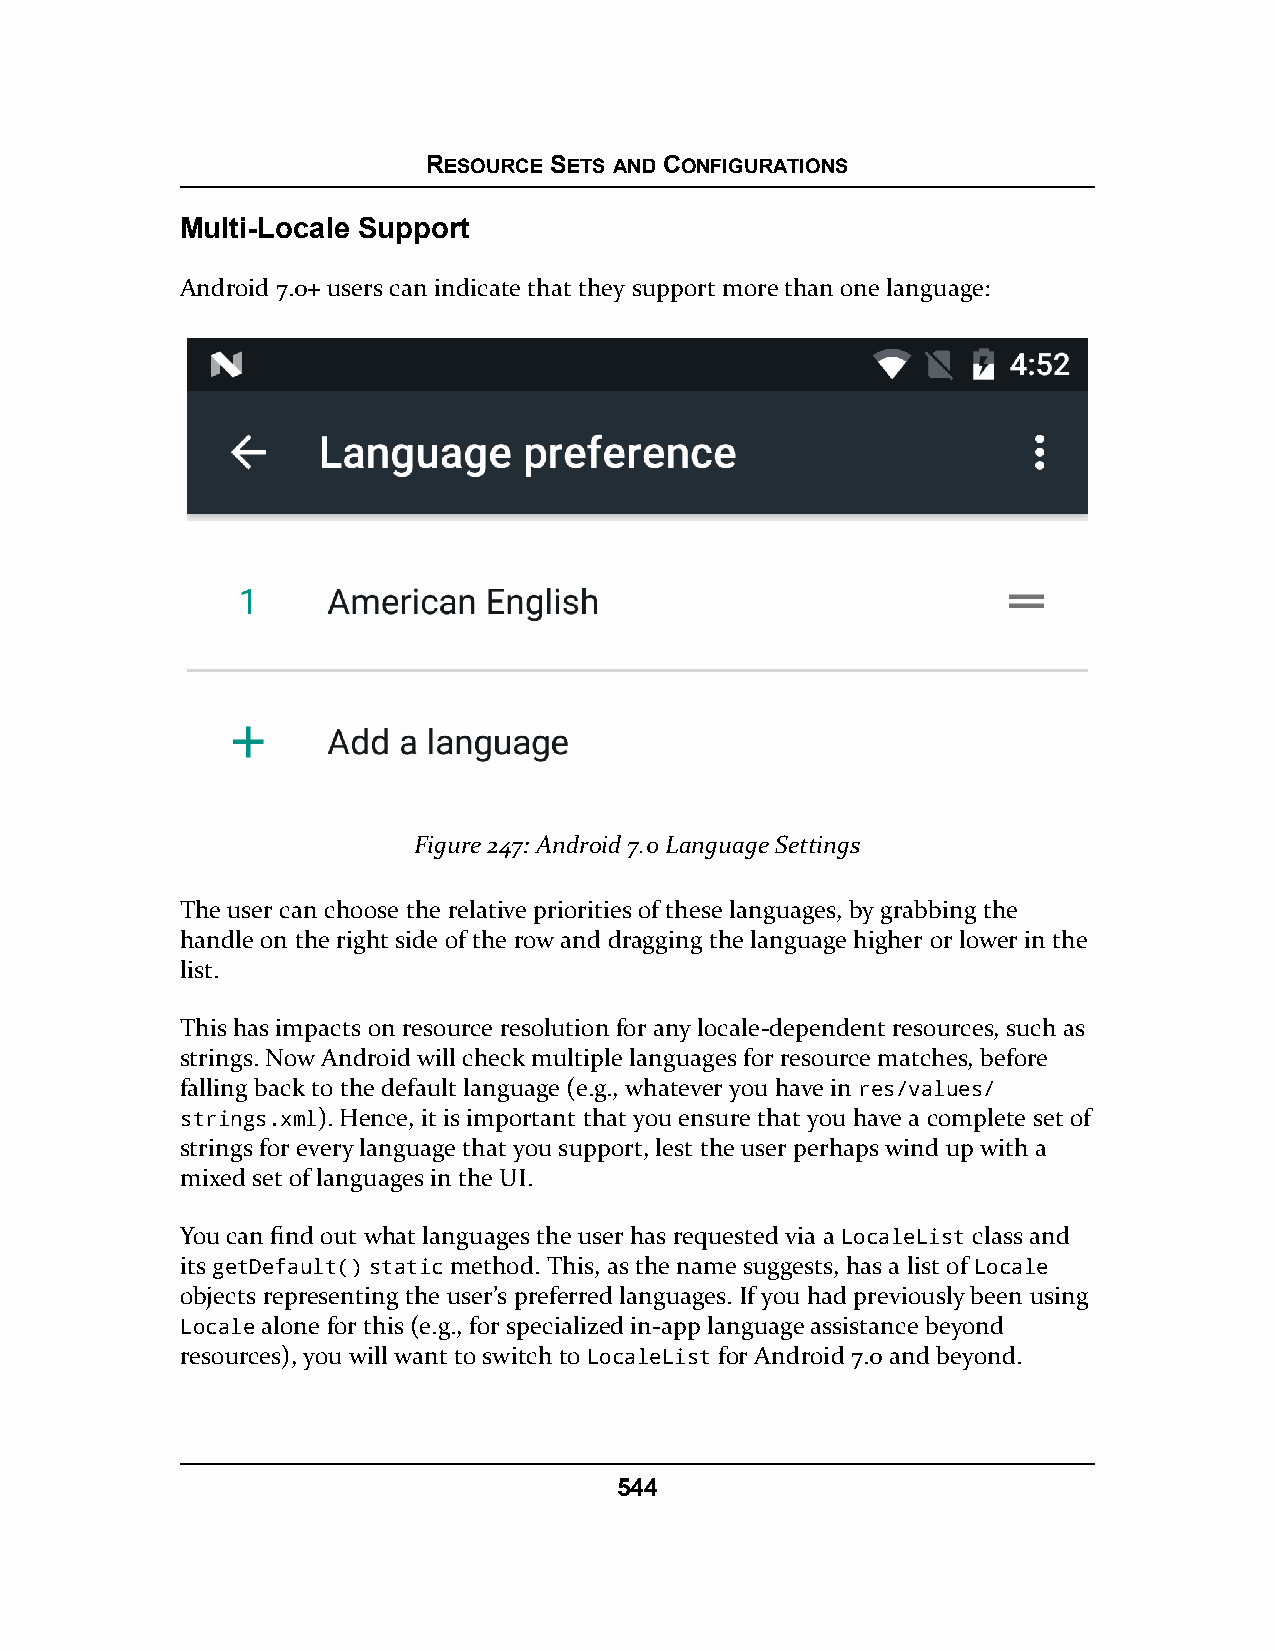
RESOURCE SETS AND CONFIGURATIONS
 Multi-Locale Support
 Android 7.0+ users can indicate that they support more than one language:
 Figure 247: Android 7.0 Language Settings
 The user can choose the relative priorities of these languages, by grabbing the
 handle on the right side of the row and dragging the language higher or lower in the
 list.
 This has impacts on resource resolution for any locale-dependent resources, such as
 strings. Now Android will check multiple languages for resource matches, before
 falling back to the default language (e.g., whatever you have in res/values/
 strings.xml). Hence, it is important that you ensure that you have a complete set of
 strings for every language that you support, lest the user perhaps wind up with a
 mixed set of languages in the UI.
 You can find out what languages the user has requested via a LocaleList class and
 its getDefault() static method. This, as the name suggests, has a list of Locale
 objects representing the user’s preferred languages. If you had previously been using
 Locale alone for this (e.g., for specialized in-app language assistance beyond
 resources), you will want to switch to LocaleList for Android 7.0 and beyond.
 544